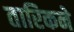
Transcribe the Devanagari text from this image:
तारिकने